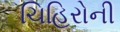
ચિહિરોની